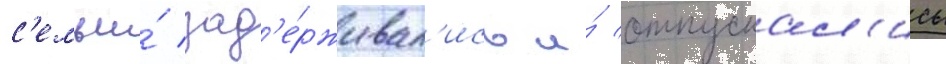
с'емьи́ зад'е́рживал'ись и́ отпускал'ись